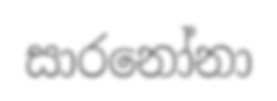
සාරනෝනා